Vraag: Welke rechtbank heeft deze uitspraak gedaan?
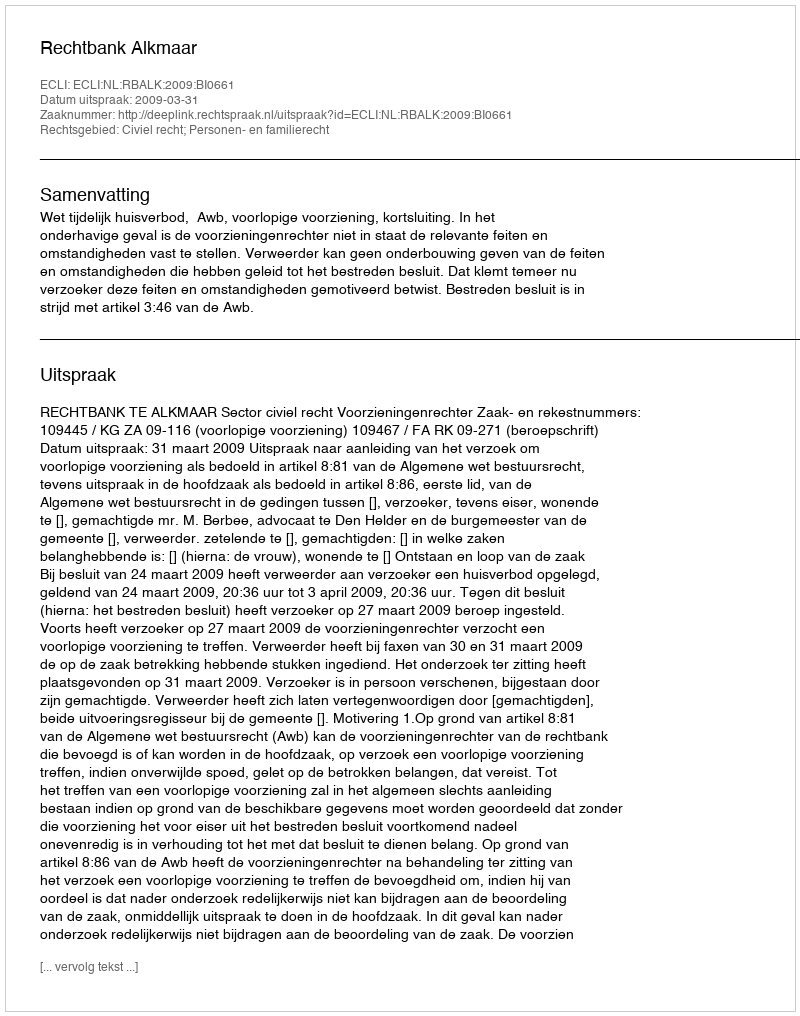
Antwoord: Rechtbank Alkmaar